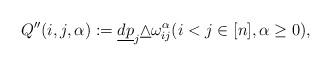
LaTeX: \begin{align*}Q''(i,j,\alpha):=\underline{dp}_j\underline\wedge\omega_{ij}^\alpha (i<j\in[n],\alpha\geq 0), \end{align*}